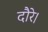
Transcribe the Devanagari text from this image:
दौरे।